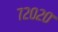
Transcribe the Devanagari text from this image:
७२०२०